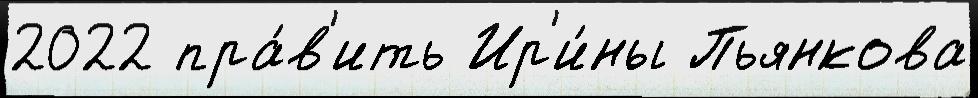
2022 пра́в'ить Ир'и́ны Пьянкова